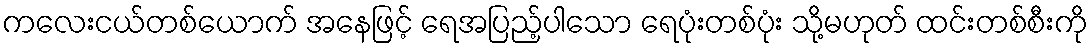
ကလေးငယ်တစ်ယောက် အနေဖြင့် ရေအပြည့်ပါသော ရေပုံးတစ်ပုံး သို့မဟုတ် ထင်းတစ်စီးကို